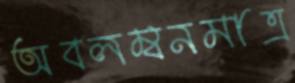
অবলম্বনমাত্র